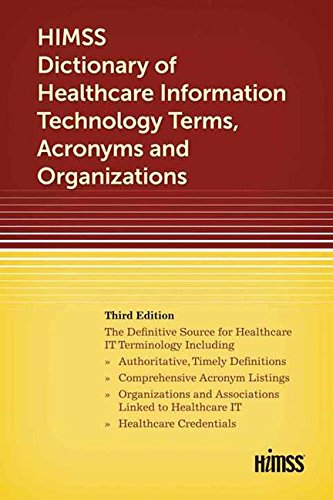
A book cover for HIMSS Dictionary of Healthcare Information Technology Term, Acronyms and Organizations, Third Edition; Himss; Medical Books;